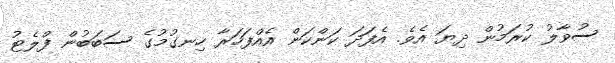
ސުވާލު ކުރަމުން ދިޔަ އެވެ. އެފަދަ ކަންކަން އެއްފަހަރާ ހިނގުމުގެ ސަބަބުން ފްލެޓު